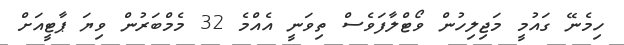
ހިމެނޭ ގައުމީ މަޖިލިހުން ވޯޓްލާފަވެސް ތިވަނީ އެއްމެ 32 މެމްބަރުން ވިޔަ ޕާޓީއަށް